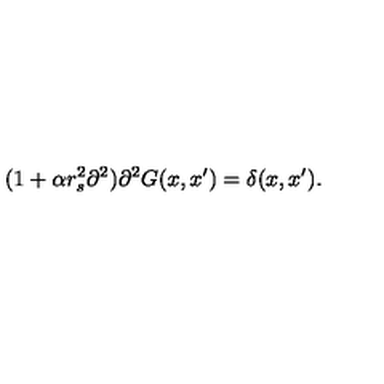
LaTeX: ( 1 + \alpha r _ { s } ^ { 2 } \partial ^ { 2 } ) \partial ^ { 2 } G ( x , x ^ { \prime } ) = \delta ( x , x ^ { \prime } ) { . }